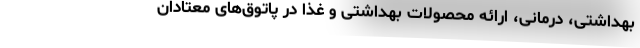
بهداشتی، درمانی، ارائه محصولات بهداشتی و غذا در پاتوق‌های معتادان